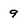
Character: 9